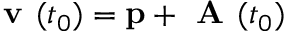
\textbf { v } ( t _ { 0 } ) = \mathbf { p } + \textbf { A } ( t _ { 0 } )